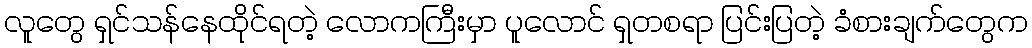
လူတွေ ရှင်သန်နေထိုင်ရတဲ့ လောကကြီးမှာ ပူလောင် ရှတစရာ ပြင်းပြတဲ့ ခံစားချက်တွေက